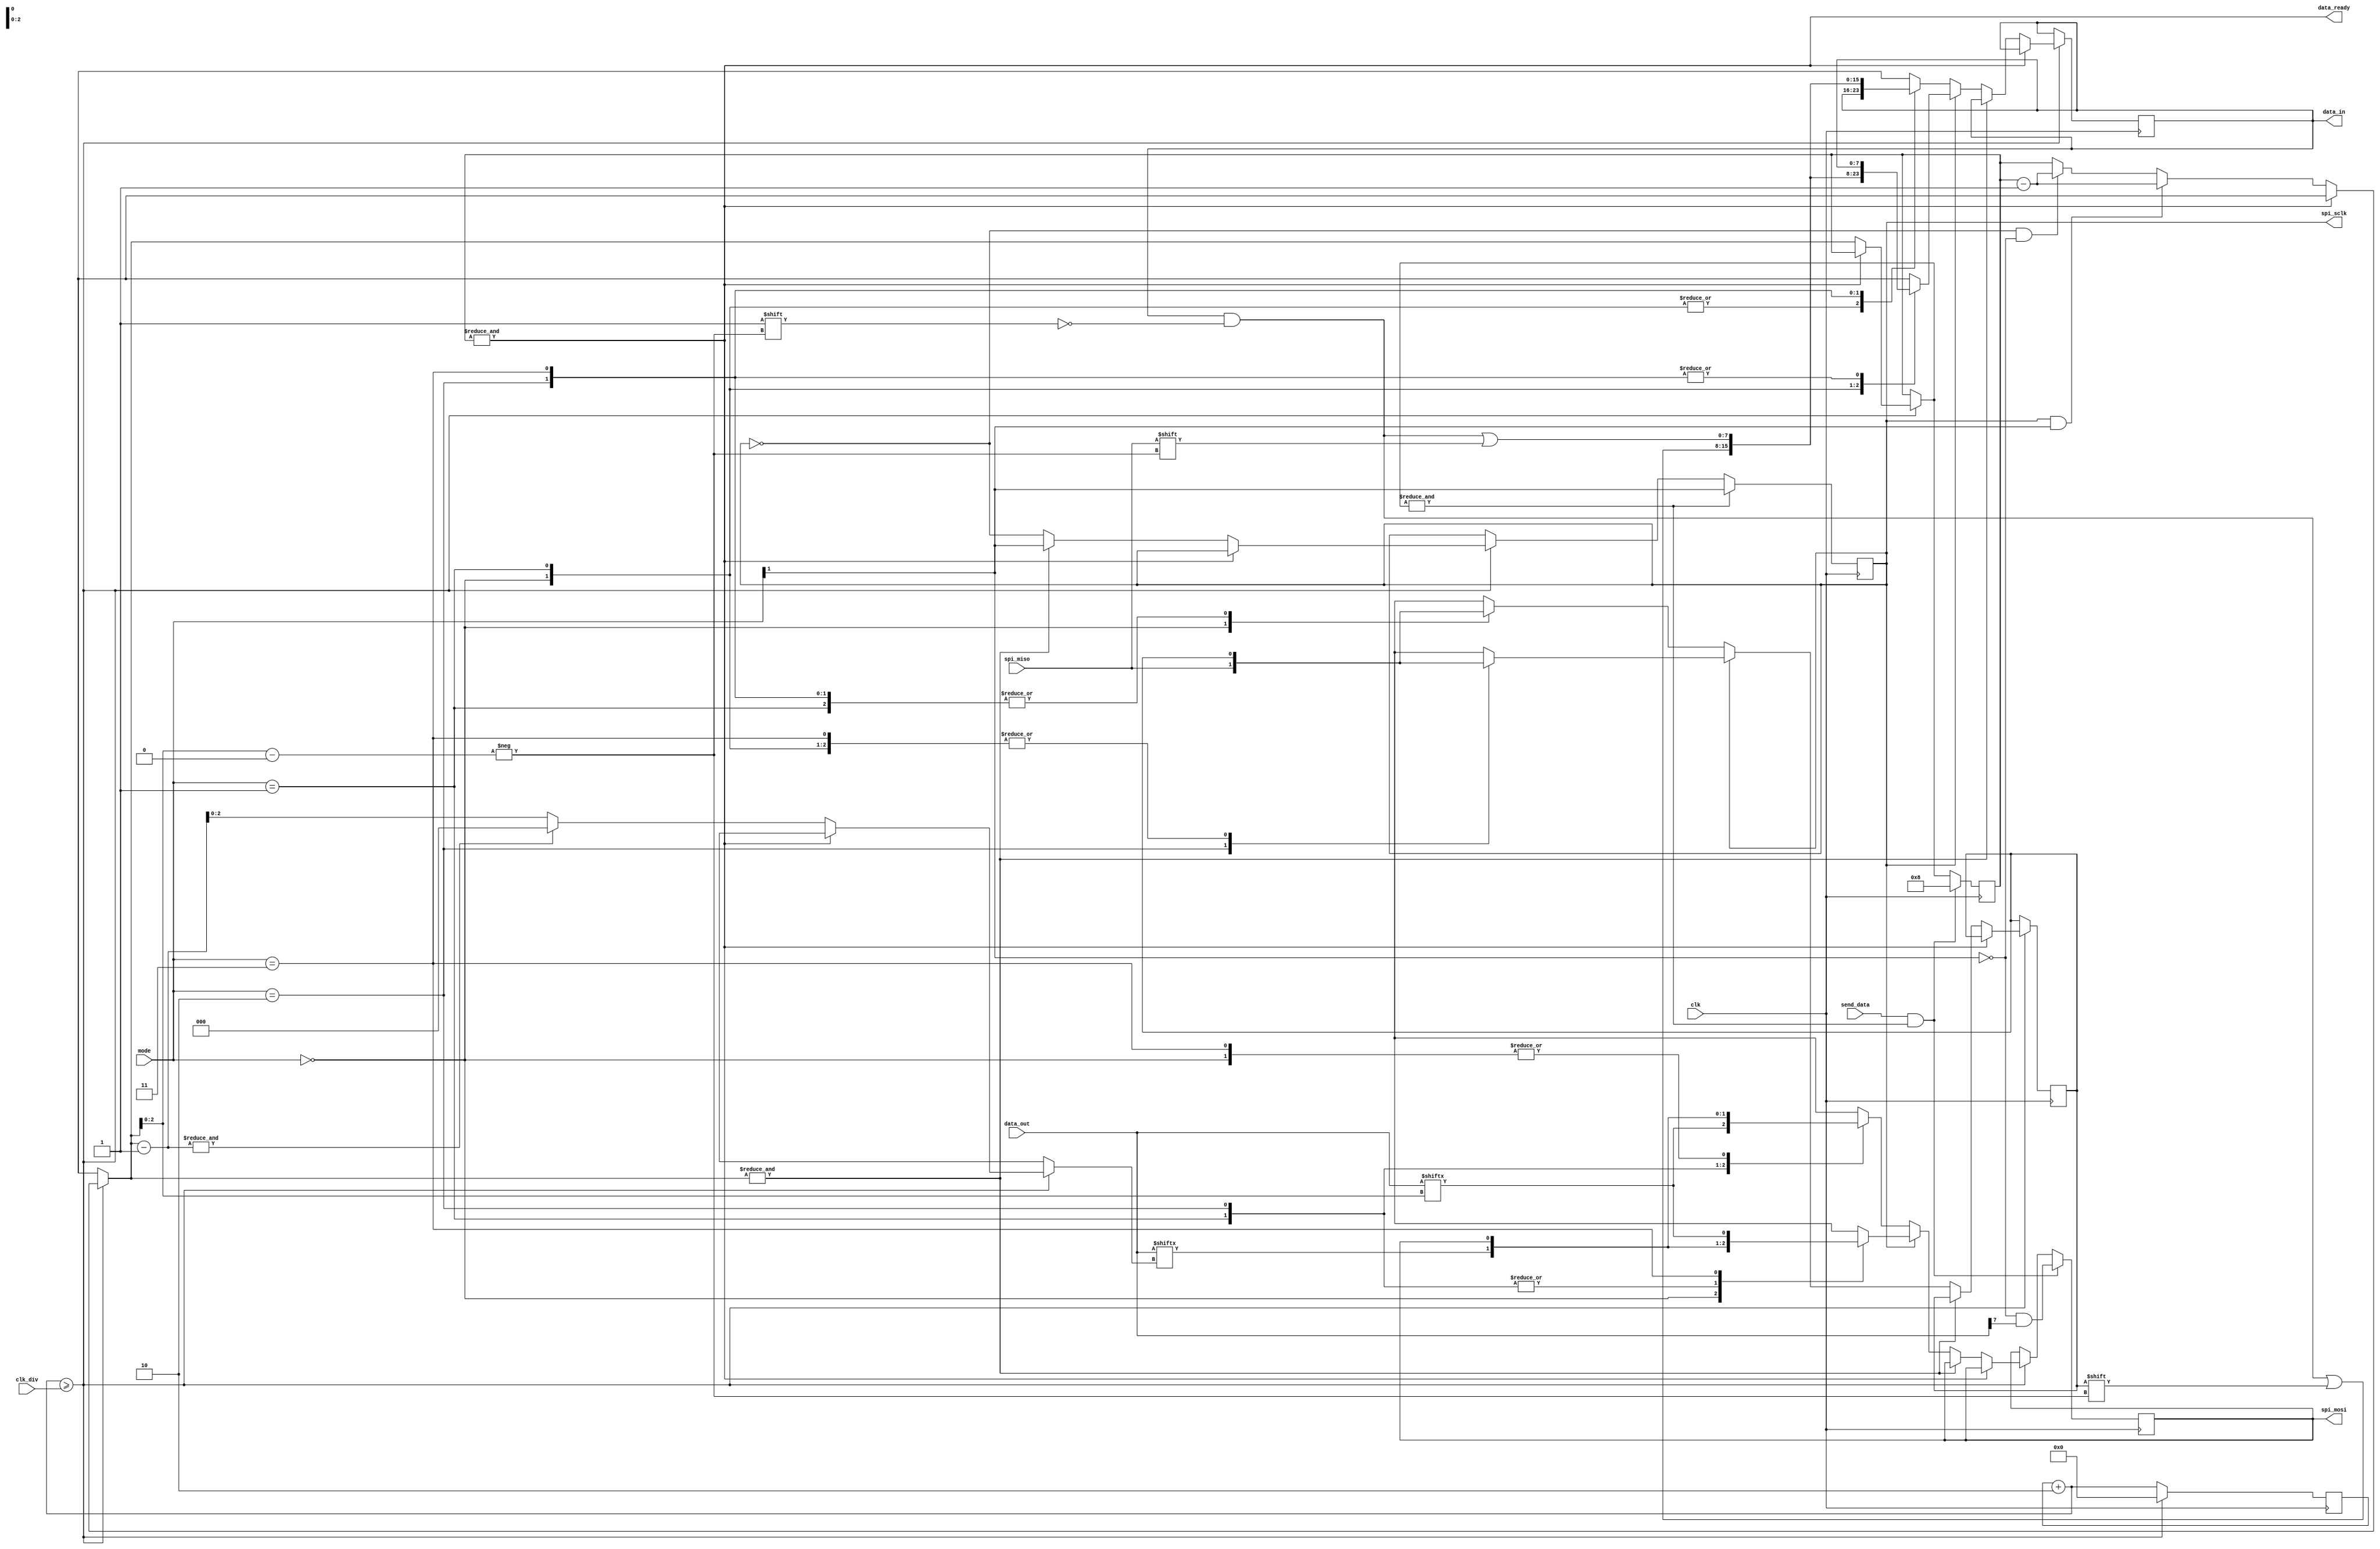
module spi_4(clk, clk_div, data_in, data_out, send_data, data_ready, spi_sclk, spi_mosi, spi_miso, mode);
	input clk;
	input [31:0] clk_div;
	output [7:0] data_in;
	input [7:0] data_out;
	input send_data;
	output data_ready;
	output spi_sclk;
	output spi_mosi;
	input spi_miso;
	input [1:0] mode;
reg [7:0] xmit_state = 8'hff;		
reg [7:0] next_xmit_state = 8'h00;
reg spi_sclk = 0;
reg [31:0] cd = 32'd0;
reg [7:0] data_in = 8'd0;
reg spi_mosi = 0;
reg latch_buf = 0;
assign data_ready = &xmit_state;
always @(posedge clk)
begin
	begin
		cd = cd + 32'd2;
		if(cd >= clk_div) begin
			if(~&xmit_state) begin
				if(spi_sclk & mode[1])
					xmit_state = xmit_state - 8'h01;
				else if(~spi_sclk & ~mode[1])
					xmit_state = xmit_state - 8'h01;
				next_xmit_state = xmit_state - 8'h1;
				if(&next_xmit_state)
					next_xmit_state = 8'h0;
				spi_sclk = ~spi_sclk;
				if(&xmit_state)
					spi_sclk = mode[1];
				else begin
					if(spi_sclk)
						case(mode)
							2'd0:
								latch_buf = spi_miso;
							2'd1:
								spi_mosi = data_out[xmit_state[2:0]];
							2'd2:
								begin
									spi_mosi = data_out[next_xmit_state[2:0]];
									data_in[xmit_state[2:0]] = latch_buf;
								end
							2'd3:
								data_in[xmit_state[2:0]] = spi_miso;
						endcase
					else
						case(mode)
							2'd0:
								begin
									spi_mosi = data_out[next_xmit_state[2:0]];
									data_in[xmit_state[2:0]] = latch_buf;
								end
							2'd1:
								data_in[xmit_state[2:0]] = spi_miso;
							2'd2:
								latch_buf = spi_miso;
							2'd3:
								spi_mosi = data_out[xmit_state[2:0]];
						endcase
				end
			end
			cd = 32'd0;			
		end			
	end
	if(&xmit_state)
		spi_sclk = mode[1];
	if(send_data & &xmit_state)
	begin
		xmit_state = 8'd8;
		spi_mosi = ~mode[1] & data_out[7];	
	end
end
endmodule